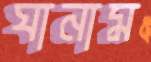
ঘানাম